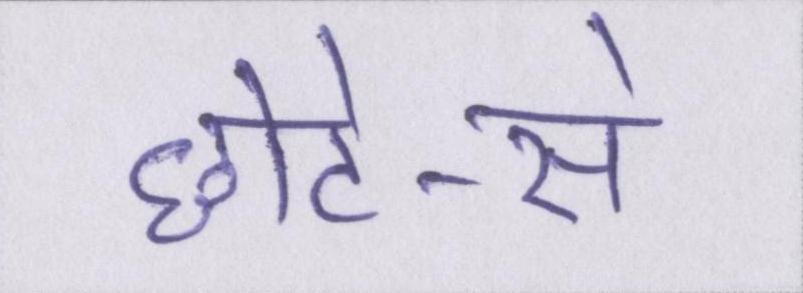
छोटे-से